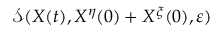
\mathcal { S } ( X ( t ) , X ^ { \eta } ( 0 ) + X ^ { \xi } ( 0 ) , \varepsilon )